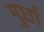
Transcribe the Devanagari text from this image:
मुर्छा